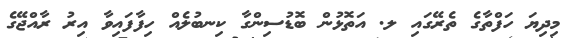
މިދިޔަ ހަފްތާގެ ތެރޭގައި ލ. އަތޮޅުން ބޮޑުސިންގާ ކިނބުލެއް ހިފާފައިވާ އިރު ރާއްޖޭގެ